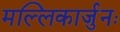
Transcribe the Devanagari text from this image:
मल्लिकार्जुनः